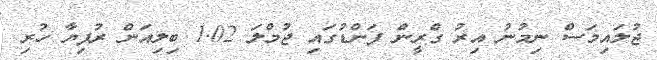
ޖުލައިމަސް ނިމުނު އިރު ގްރީން ފަންޑުގައި ޖުމްލަ 1.02 ބިލިއަން ރުފިޔާ ހުރި